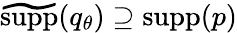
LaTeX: \widetilde{\mathrm{supp}}(q_{\theta})\supseteq\mathrm{supp}(p)